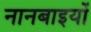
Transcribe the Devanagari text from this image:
नानबाइयों